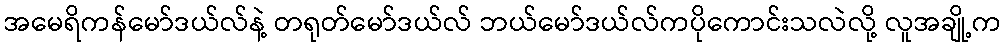
အမေရိကန်မော်ဒယ်လ်နဲ့ တရုတ်မော်ဒယ်လ် ဘယ်မော်ဒယ်လ်ကပိုကောင်းသလဲလို့ လူအချို့က